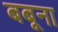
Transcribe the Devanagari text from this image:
बबूना